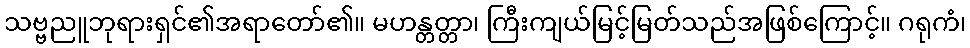
သဗ္ဗညူဘုရားရှင်၏အရာတော်၏။ မဟန္တတ္တာ၊ ကြီးကျယ်မြင့်မြတ်သည်အဖြစ်ကြောင့်။ ဂရုကံ၊